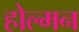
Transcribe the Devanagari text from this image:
होल्मन